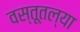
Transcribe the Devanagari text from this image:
वस्तूतल्या